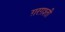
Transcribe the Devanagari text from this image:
ग़रग़श्ती